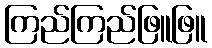
ကြည်ကြည်ဖြူဖြူ